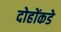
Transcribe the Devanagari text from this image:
दोहोंकडे